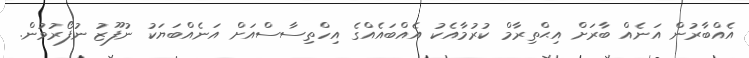
އެއްބާރުން އަނެއް ބާރަށް އިޙްތިރާމް ކުރުމާއެކު އެއްބައެއްގެ އިހްތިސާސްއަށް އަނެއްބަޔަކު ނުފޫޒު ނުފޯރުވުން.